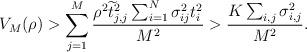
LaTeX: \begin{align*} V_M(\rho)> \sum_{j=1}^{M} \frac{\rho^2\widetilde{t}_{j,j}^2\sum_{i=1}^{N}\sigma_{ij}^2t_{i}^2}{M^2} > \frac{K \sum_{i,j} \sigma_{i,j}^2 }{M^2}.\end{align*}